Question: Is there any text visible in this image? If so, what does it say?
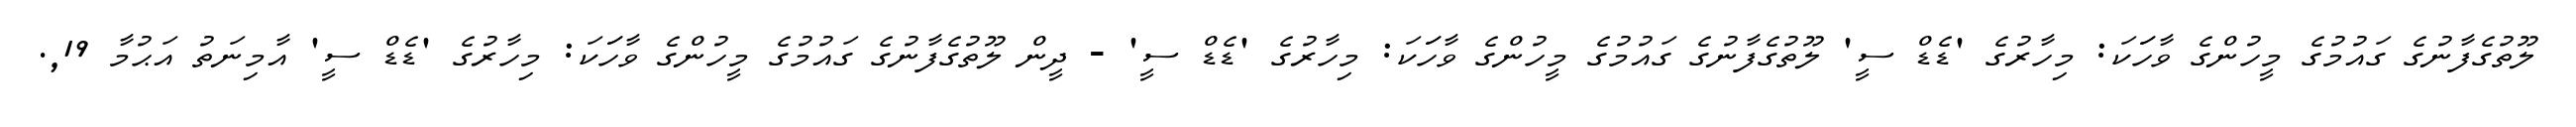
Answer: ލޫތުގެފާނުގެ ގައުމުގެ މީހުންގެ ވާހަަކަ: މިހާރުގެ 'ޑެޑް ސީ' ލޫތުގެފާނުގެ ގައުމުގެ މީހުންގެ ވާހަަކަ: މިހާރުގެ 'ޑެޑް ސީ' - ދީން ލޫތުގެފާނުގެ ގައުމުގެ މީހުންގެ ވާހަަކަ: މިހާރުގެ 'ޑެޑް ސީ' އާމިނަތު އަޙުމާ 19,.